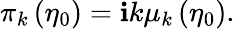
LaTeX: \pi_{k}\left(\eta_{0}\right)=\mathbf{i}k\mu_{k}\left(\eta_{0}\right).